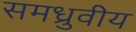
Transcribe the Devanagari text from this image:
समध्रुवीय